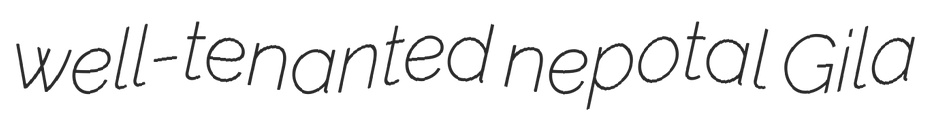
well-tenanted nepotal Gila